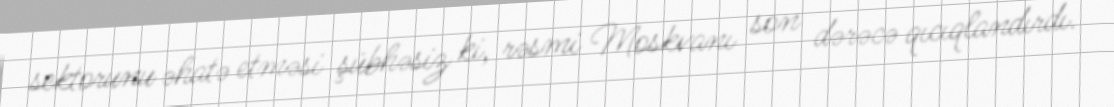
sektorunu əhatə etməsi şübhəsiz ki, rəsmi Moskvanı son dərəcə qıcıqlandırdı.